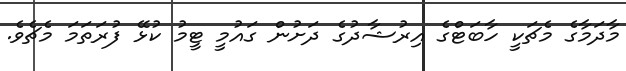
މާދަމާގެ މެޗަކީ ހާބަޓްގެ އިރުޝާދުގެ ދަށުން ގައުމީ ޓީމު ކުޅޭ ފުރަތަމަ މެޗެވެ.